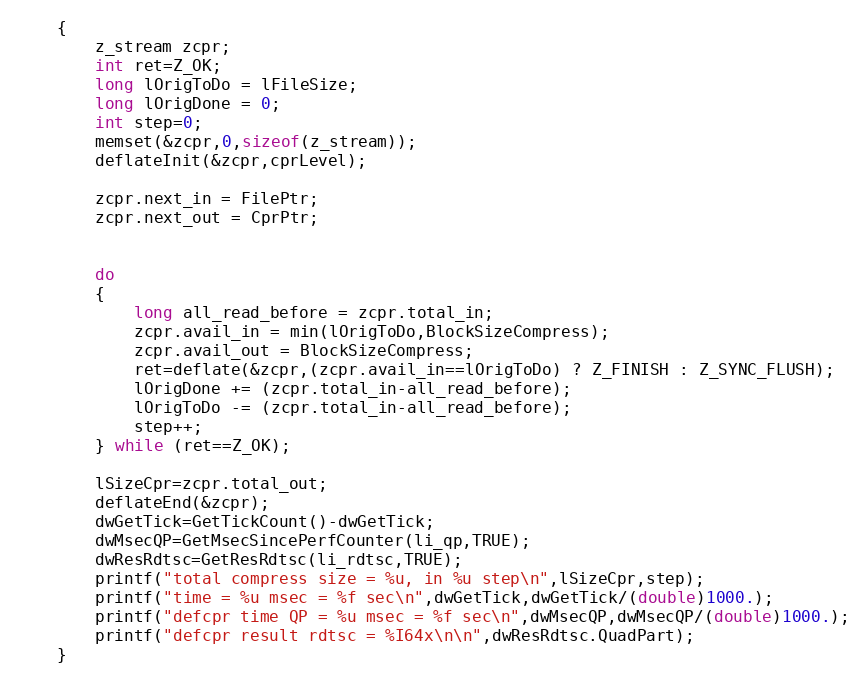
Language: C
    {
        z_stream zcpr;
        int ret=Z_OK;
        long lOrigToDo = lFileSize;
        long lOrigDone = 0;
        int step=0;
        memset(&zcpr,0,sizeof(z_stream));
        deflateInit(&zcpr,cprLevel);

        zcpr.next_in = FilePtr;
        zcpr.next_out = CprPtr;

        do
        {
            long all_read_before = zcpr.total_in;
            zcpr.avail_in = min(lOrigToDo,BlockSizeCompress);
            zcpr.avail_out = BlockSizeCompress;
            ret=deflate(&zcpr,(zcpr.avail_in==lOrigToDo) ? Z_FINISH : Z_SYNC_FLUSH);
            lOrigDone += (zcpr.total_in-all_read_before);
            lOrigToDo -= (zcpr.total_in-all_read_before);
            step++;
        } while (ret==Z_OK);

        lSizeCpr=zcpr.total_out;
        deflateEnd(&zcpr);
        dwGetTick=GetTickCount()-dwGetTick;
        dwMsecQP=GetMsecSincePerfCounter(li_qp,TRUE);
        dwResRdtsc=GetResRdtsc(li_rdtsc,TRUE);
        printf("total compress size = %u, in %u step\n",lSizeCpr,step);
        printf("time = %u msec = %f sec\n",dwGetTick,dwGetTick/(double)1000.);
        printf("defcpr time QP = %u msec = %f sec\n",dwMsecQP,dwMsecQP/(double)1000.);
        printf("defcpr result rdtsc = %I64x\n\n",dwResRdtsc.QuadPart);
    }